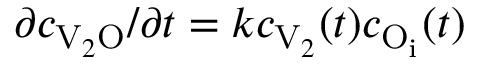
\partial c _ { \mathrm { V } _ { 2 } \mathrm { O } } / \partial t = k c _ { \mathrm { V } _ { 2 } } ( t ) c _ { \mathrm { O } _ { \mathrm { i } } } ( t )